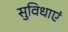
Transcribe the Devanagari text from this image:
सुविधाएं